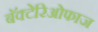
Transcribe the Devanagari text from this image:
बॅक्टेरिओफाज